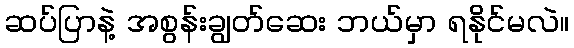
ဆပ်ပြာနဲ့ အစွန်းချွတ်ဆေး ဘယ်မှာ ရနိုင်မလဲ။